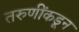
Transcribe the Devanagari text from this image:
तरुणींकडून